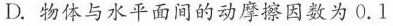
D.物体与水平面间的动摩擦因数为0.1